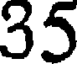
35